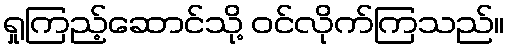
ရှုကြည့်ဆောင်သို့ ဝင်လိုက်ကြသည်။